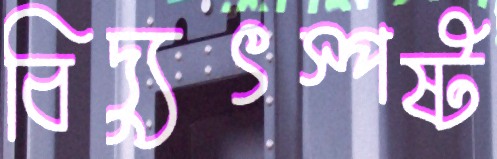
বিদ্যুৎস্পষ্ট